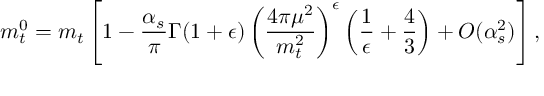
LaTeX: m _ { t } ^ { 0 } = m _ { t } \left[ 1 - \frac { \alpha _ { s } } { \pi } \Gamma ( 1 + \epsilon ) \left( \frac { 4 \pi \mu ^ { 2 } } { m _ { t } ^ { 2 } } \right) ^ { \epsilon } \left( \frac { 1 } { \epsilon } + \frac { 4 } { 3 } \right) + { \cal O } ( \alpha _ { s } ^ { 2 } ) \right] ,